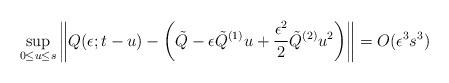
LaTeX: \begin{align*}\sup_{0\le u \le s} \left\| Q(\epsilon;t-u) - \left(\tilde{Q} - \epsilon\tilde{Q}^{(1)}u + \frac{\epsilon^2}{2}\tilde{Q}^{(2)}u^2 \right) \right\| = O(\epsilon^3 s^3) \end{align*}